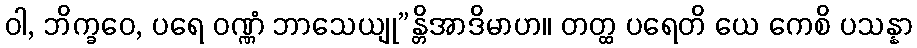
ဝါ, ဘိက္ခဝေ, ပရေ ဝဏ္ဏံ ဘာသေယျု”န္တိအာဒိမာဟ။ တတ္ထ ပရေတိ ယေ ကေစိ ပသန္နာ